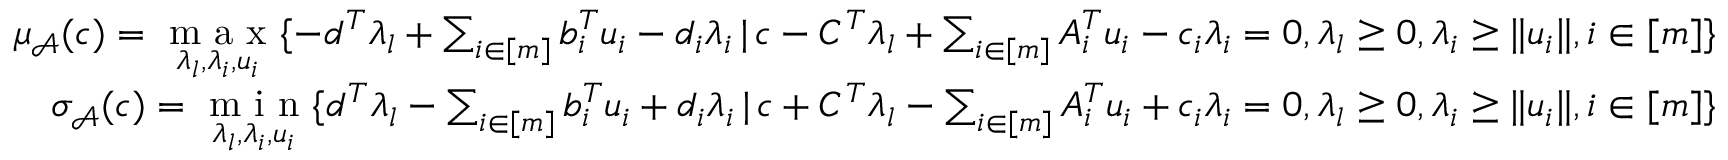
\begin{array} { r } { \mu _ { \mathcal { A } } ( c ) = \underset { \lambda _ { l } , \lambda _ { i } , u _ { i } } { \textup { m a x } } \{ - d ^ { T } \lambda _ { l } + \sum _ { i \in [ m ] } b _ { i } ^ { T } u _ { i } - d _ { i } \lambda _ { i } \, | \, c - C ^ { T } \lambda _ { l } + \sum _ { i \in [ m ] } A _ { i } ^ { T } u _ { i } - c _ { i } \lambda _ { i } = 0 , \lambda _ { l } \geq 0 , \lambda _ { i } \geq \| u _ { i } \| , i \in [ m ] \} } \\ { \sigma _ { \mathcal { A } } ( c ) = \underset { \lambda _ { l } , \lambda _ { i } , u _ { i } } { \textup { m i n } } \{ d ^ { T } \lambda _ { l } - \sum _ { i \in [ m ] } b _ { i } ^ { T } u _ { i } + d _ { i } \lambda _ { i } \, | \, c + C ^ { T } \lambda _ { l } - \sum _ { i \in [ m ] } A _ { i } ^ { T } u _ { i } + c _ { i } \lambda _ { i } = 0 , \lambda _ { l } \geq 0 , \lambda _ { i } \geq \| u _ { i } \| , i \in [ m ] \} } \end{array}